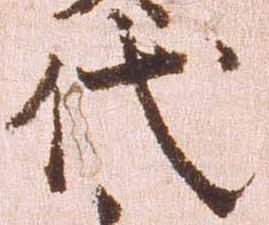
代